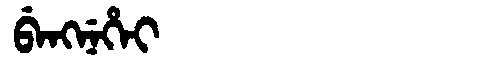
Manchu: ᠪᡝᠩᠨᡝᡥᡝᡳ
Romanization: BENGNEHEI